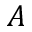
A